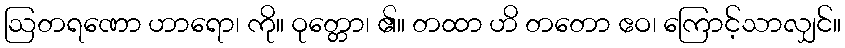
ဩတရဏော ဟာရော၊ ကို။ ဝုတ္တော၊ ၏။ တထာ ဟိ တတော ဧဝ၊ ကြောင့်သာလျှင်။